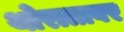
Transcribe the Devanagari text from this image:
थोरातावर